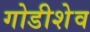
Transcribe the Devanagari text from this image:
गोडीशेव